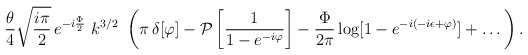
\begin{align*}\frac{\theta}{4}\sqrt{\frac{i\pi}{2}} \,e^{ - i\frac{\Phi}{2}}\,\, k^{3/2} \,\,\left( \pi\, \delta [\varphi] -{\cal P}\left[ \frac{1}{1-e^{-i \varphi}} \right] - \frac{\Phi}{2 \pi} \log [1 - e^{-i(-i \epsilon + \varphi)}] +\dots\right). \end{align*}